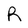
Character: R